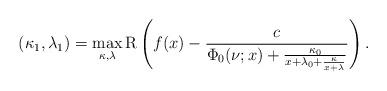
LaTeX: \begin{align*}(\kappa_1,\lambda_1)=\max_{\kappa,\lambda}\mathrm{R}\left(f(x)-\frac{c}{\Phi_0(\nu;x)+\frac{\kappa_0}{x+\lambda_0+\frac{\kappa}{x+\lambda}}}\right).\end{align*}